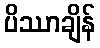
ပိဿာချိန်